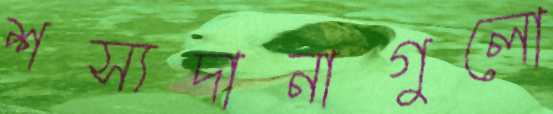
শস্যদানাগুলো